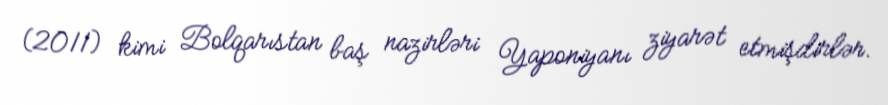
(2011) kimi Bolqarıstan baş nazirləri Yaponiyanı ziyarət etmişdirlər.